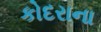
કોદરાના